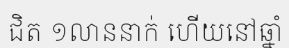
ជិត ១លាននាក់ ហើយនៅឆ្នាំ